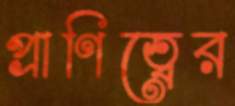
প্রাণিত্বের